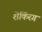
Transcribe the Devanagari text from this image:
शेकिंरग